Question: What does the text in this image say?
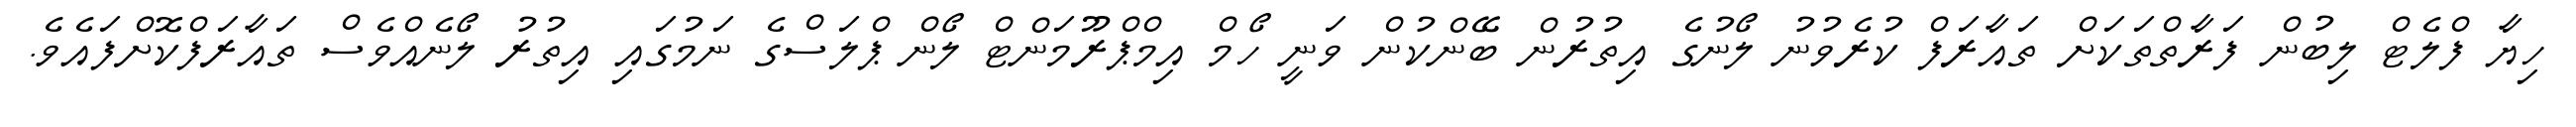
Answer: ހިޔާ ފްލެޓް ލިބުން ފަރާތްތަކަށް ތައާރަފް ކުރެވުނު ލޯނުގެ އިތުރުން ބޭންކުން ވަނީ ހޯމް އިމްޕްރޫމަންޓް ލޯން ޕްލަސްގެ ނަމުގައި އިތުރު ލޯނެއްވެސް ތައާރަފްކޮށްފައެވެ.